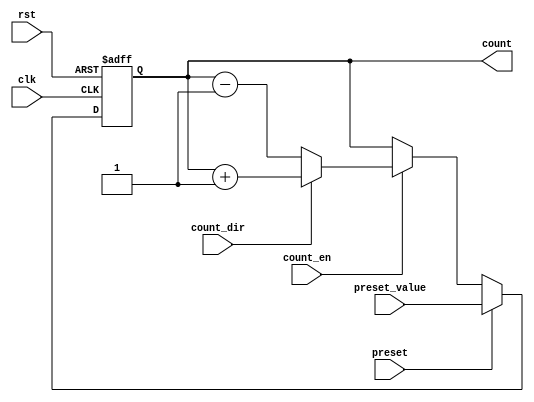
module presettable_counter (
    input wire clk,                // Clock signal
    input wire rst,                // Asynchronous reset
    input wire preset,             // Preset signal
    input wire [N-1:0] preset_value, // Value to load when preset is active
    input wire count_en,           // Count enable signal
    input wire count_dir,          // Count direction (1 for up, 0 for down)
    output reg [N-1:0] count       // Current counter value
);
    parameter N = 8;               // Define the size of the counter (8 bits by default)

    // Asynchronous reset and preset logic
    always @(posedge clk or posedge rst) begin
        if (rst) begin
            count <= 0;            // Reset counter to 0
        end else if (preset) begin
            count <= preset_value; // Load preset value
        end else if (count_en) begin
            if (count_dir) begin
                // Count up
                count <= count + 1;
            end else begin
                // Count down
                count <= count - 1;
            end
        end
    end

endmodule